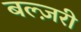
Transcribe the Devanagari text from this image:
बल्ज़री